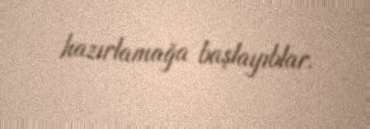
hazırlamağa başlayıblar.